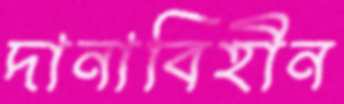
দানাবিহীন